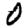
Digit: 0